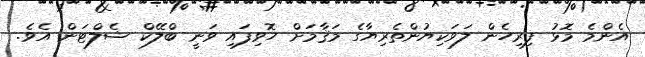
އެންމެ މޮޅު ފިރިހެން ލަވަކިޔުންތެރިޔާގެ މަޤާމަށް ހޮވިފައި ވަނީ ބްލޭކް ޝެލްޓަން އެވެ.